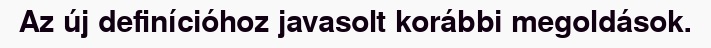
Az új definícióhoz javasolt korábbi megoldások.